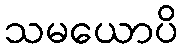
သမယောပိ